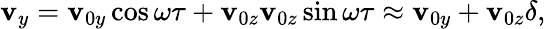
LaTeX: \mathbf{v}_{y}=\mathbf{v}_{0y}\cos{\omega\tau}+\mathbf{v}_{0z}\mathbf{v}_{0z}\sin{\omega\tau}\approx\mathbf{v}_{0y}+\mathbf{v}_{0z}\delta,